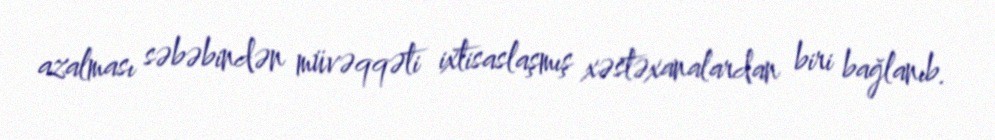
azalması səbəbindən müvəqqəti ixtisaslaşmış xəstəxanalardan biri bağlanıb.